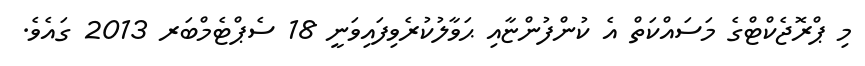
މި ޕްރޮޖެކްޓްގެ މަސައްކަތް އެ ކުންފުންޏާއި ޙަވާލުކުރެވިފައިވަނީ 18 ސެޕްޓެމްބަރ 2013 ގައެވެ.